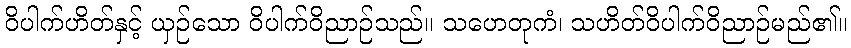
ဝိပါက်ဟိတ်နှင့် ယှဉ်သော ဝိပါက်ဝိညာဉ်သည်။ သဟေတုကံ၊ သဟိတ်ဝိပါက်ဝိညာဉ်မည်၏။